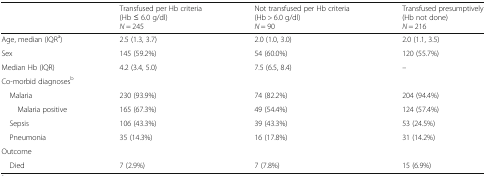
|  | Transfused per Hb criteria (Hb ≤ 6.0 g/dl)N = 245 | Not transfused per Hb criteria (Hb > 6.0 g/dl)N = 90 | Transfused presumptively (Hb not done)N = 216 |
 | --- | --- | --- | --- |
 | Age, median (IQRa) | 2.5 (1.3, 3.7) | 2.0 (1.0, 3.0) | 2.0 (1.1, 3.5) |
 | Sex | 145 (59.2%) | 54 (60.0%) | 120 (55.7%) |
 | Median Hb (IQR) | 4.2 (3.4, 5.0) | 7.5 (6.5, 8.4) | – |
 | <COLSPAN=4> Co-morbid diagnosesb |
 | Malaria | 230 (93.9%) | 74 (82.2%) | 204 (94.4%) |
 | Malaria positive | 165 (67.3%) | 49 (54.4%) | 124 (57.4%) |
 | Sepsis | 106 (43.3%) | 39 (43.3%) | 53 (24.5%) |
 | Pneumonia | 35 (14.3%) | 16 (17.8%) | 31 (14.2%) |
 | <COLSPAN=4> Outcome |
 | Died | 7 (2.9%) | 7 (7.8%) | 15 (6.9%) |